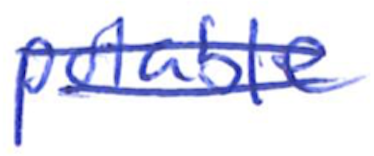
Text: potable
Cross-out: double-line
Writing tool: ballpoint